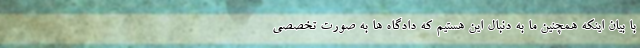
با بیان اینکه همچنین ما به دنبال این هستیم که دادگاه ها به صورت تخصصی